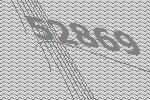
52869